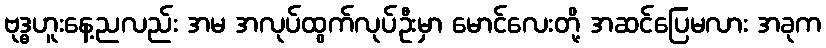
ဗုဒ္ဓဟူးနေ့ညလည်း အမ အလုပ်ထွက်လုပ်ဦးမှာ မောင်လေးတို့ အဆင်ပြေမလား အခုက